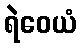
ရဲဝေယံ